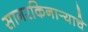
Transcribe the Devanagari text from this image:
सागरकिनार्‍याचे